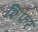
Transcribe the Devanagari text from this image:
शिफ़र